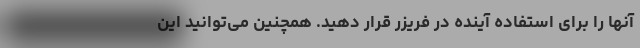
آنها را برای استفاده آینده در فریزر قرار دهید. همچنین می‌توانید این